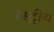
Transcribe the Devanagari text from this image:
रस्ट्रीय